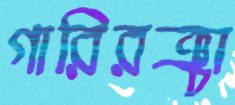
গারিরঞ্চা